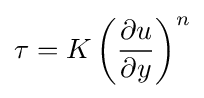
\tau =K\left({\frac {\partial u}{\partial y}}\right)^{n}